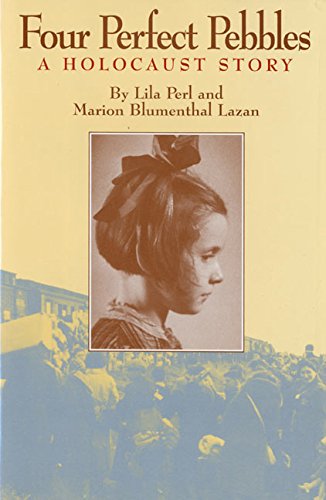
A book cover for Four Perfect Pebbles:: A Holocaust Story; Lila Perl; Children's Books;